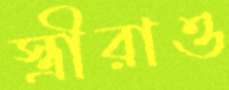
স্ত্রীরাও